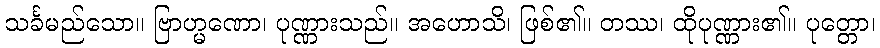
သင်္ခမည်သော။ ဗြာဟ္မဏော၊ ပုဏ္ဏားသည်။ အဟောသိ၊ ဖြစ်၏။ တဿ၊ ထိုပုဏ္ဏား၏။ ပုတ္တော၊